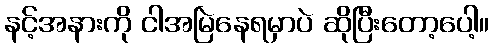
နင့်အနားကို ငါအမြဲနေရမှာပဲ ဆိုပြီးတော့ပေါ့။